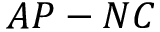
A P - N C